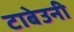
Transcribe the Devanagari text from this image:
टाबेउनी